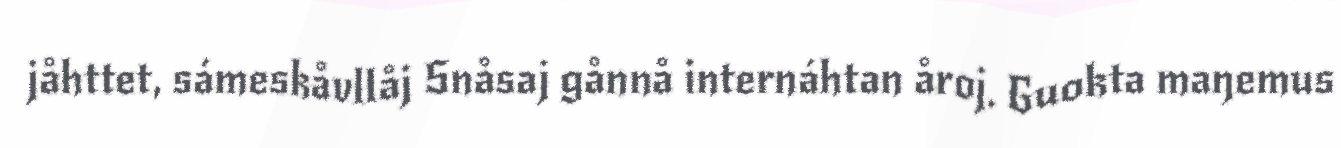
jåhttet, sámeskåvllåj Snåsaj gånnå internáhtan åroj. Guokta maŋemus